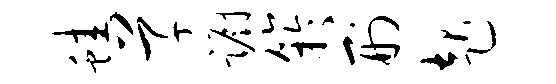
蛙草蹰竽刑起